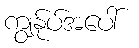
ကျွန်ုပ်အပေါ်